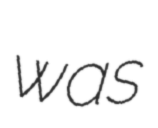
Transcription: was